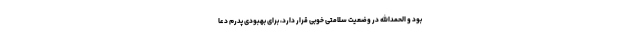
بود و الحمدالله در وضعیت سلامتی خوبی قرار دارد، برای بهبودی پدرم دعا